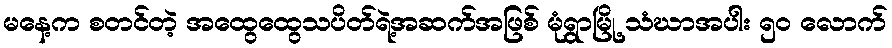
မနေ့က စတင်တဲ့ အထွေထွေသပိတ်ရဲ့အဆက်အဖြစ် မုံရွာမြို့ သံဃာအပါး ၅၀ လောက်